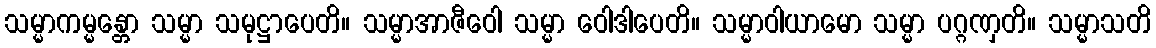
သမ္မာကမ္မန္တော သမ္မာ သမုဋ္ဌာပေတိ။ သမ္မာအာဇီဝေါ သမ္မာ ဝေါဒါပေတိ။ သမ္မာဝါယာမော သမ္မာ ပဂ္ဂဏှတိ။ သမ္မာသတိ